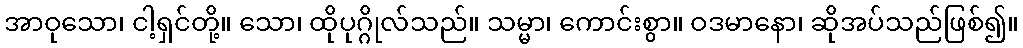
အာဝုသော၊ ငါ့ရှင်တို့။ သော၊ ထိုပုဂ္ဂိုလ်သည်။ သမ္မာ၊ ကောင်းစွာ။ ဝဒမာနော၊ ဆိုအပ်သည်ဖြစ်၍။